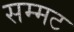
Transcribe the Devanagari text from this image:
सम्मट